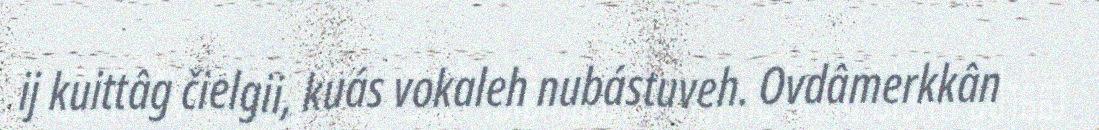
ij kuittâg čielgii, kuás vokaleh nubástuveh. Ovdâmerkkân